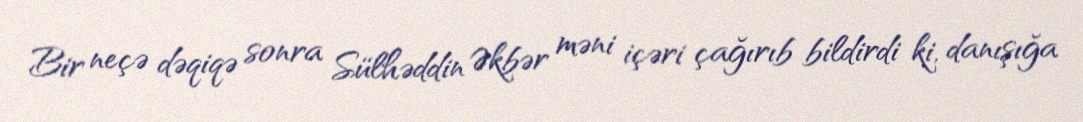
Bir neçə dəqiqə sonra Sülhəddin Əkbər məni içəri çağırıb bildirdi ki, danışığa